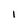
Character: 1